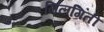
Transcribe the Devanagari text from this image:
गिलगिती